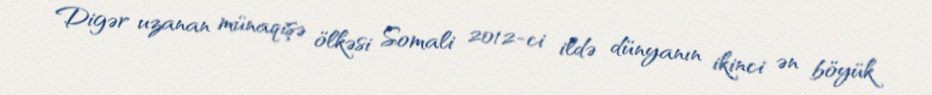
Digər uzanan münaqişə ölkəsi Somali 2012-ci ildə dünyanın ikinci ən böyük